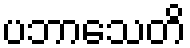
ပဘာသေတိ